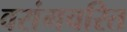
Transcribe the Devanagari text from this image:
वरांगचरित